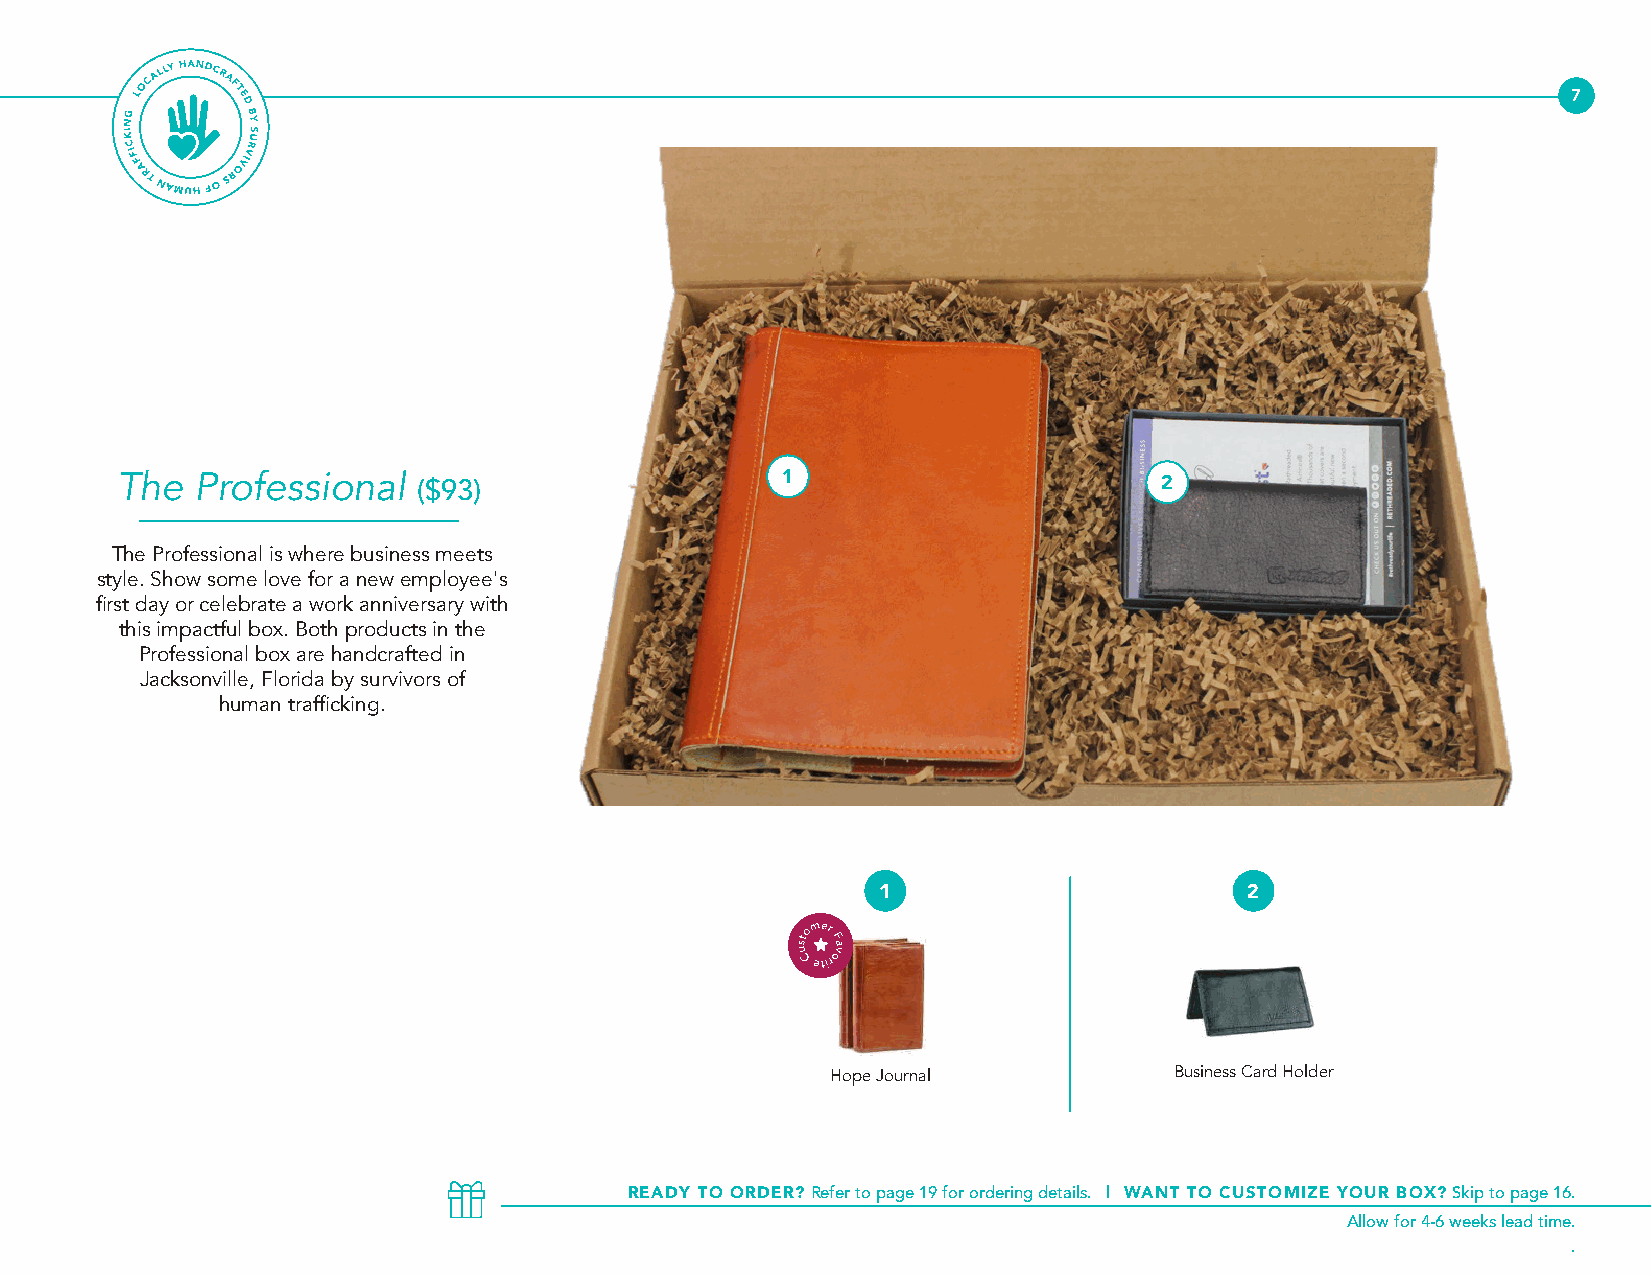
7
 The  Professional   ($93)                                            2
 The Professional is where business meets
 style. Show some love for a new employee's
 2
 first day or celebrate a work anniversary with
 this impactful box. Both products in the
 Professional box are handcrafted in
 Jacksonville, Florida by survivors of
 human trafficking.
 1                        2
 Hope Journal           Business Card Holder
 READY TO ORDER? Refer to page 19 for ordering details. | WANT TO CUSTOMIZE YOUR BOX? Skip to page 16.
 Allow for 4-6 weeks lead time.
 .